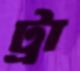
ট্রা